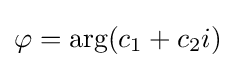
\varphi =\arg(c_{1}+c_{2}i)